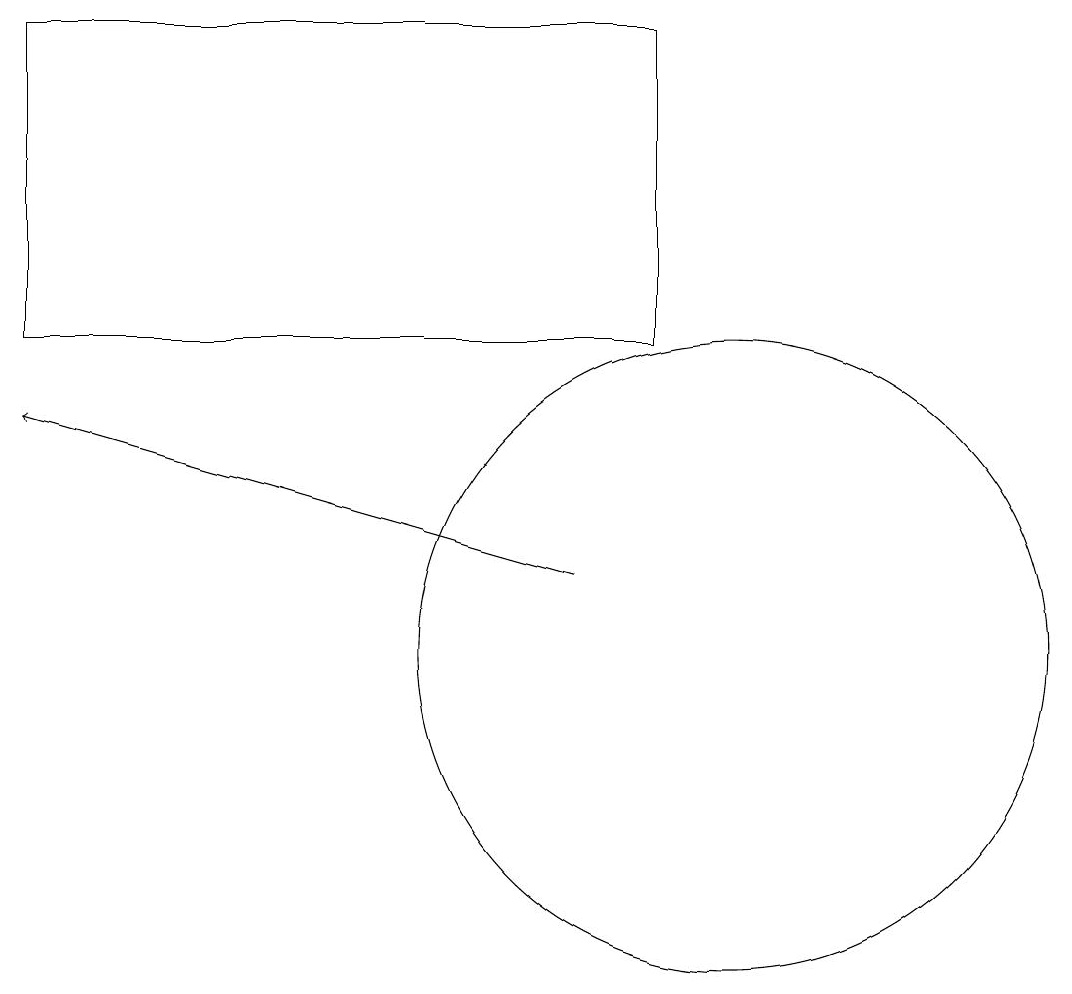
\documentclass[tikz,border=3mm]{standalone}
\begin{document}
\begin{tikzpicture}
\draw[->] (8,11) -- (1,13);
\draw (10,10) circle (4);
\draw (1,18) rectangle (9,14);
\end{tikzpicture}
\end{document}